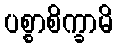
ပစ္စာစိက္ခာမိ